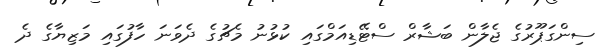
ސިންގަޕޫރުގެ ޖެލާން ބަޝާރް ސްޓޭޑިއަމްގައި ކުޅުނު މެޗުގެ ދެވަނަ ހާފުގައި މަޒިޔާގެ ދެ